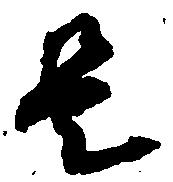
是